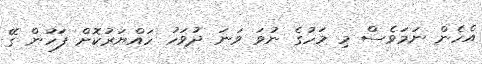
އެހެން ނަމަވެސް މި މަހުގެ ނުވަ ވަނަ ދުވަހު ހައްޔަރުކޮށް ފަހުން ގޭ